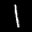
Label: 1